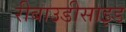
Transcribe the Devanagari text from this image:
रीबाउडीसाइड